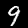
Label: 9